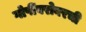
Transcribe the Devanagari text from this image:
गोपींबरोबरची